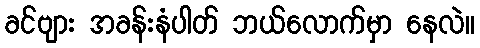
ခင်ဗျား အခန်းနံပါတ် ဘယ်လောက်မှာ နေလဲ။